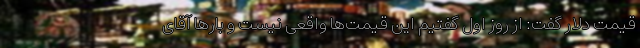
قیمت دلار گفت: از روز اول گفتیم این قیمت‌ها واقعی نیست و بار‌ها آقای